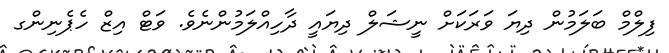
ފިލްމް ބަލަމުން ދިޔަ ވަރަކަށް ނީޝަލް ދިޔައީ ދާހިއްލަމުންނެވެ. ވަޓް އިޒް ހެޕެނިންގ